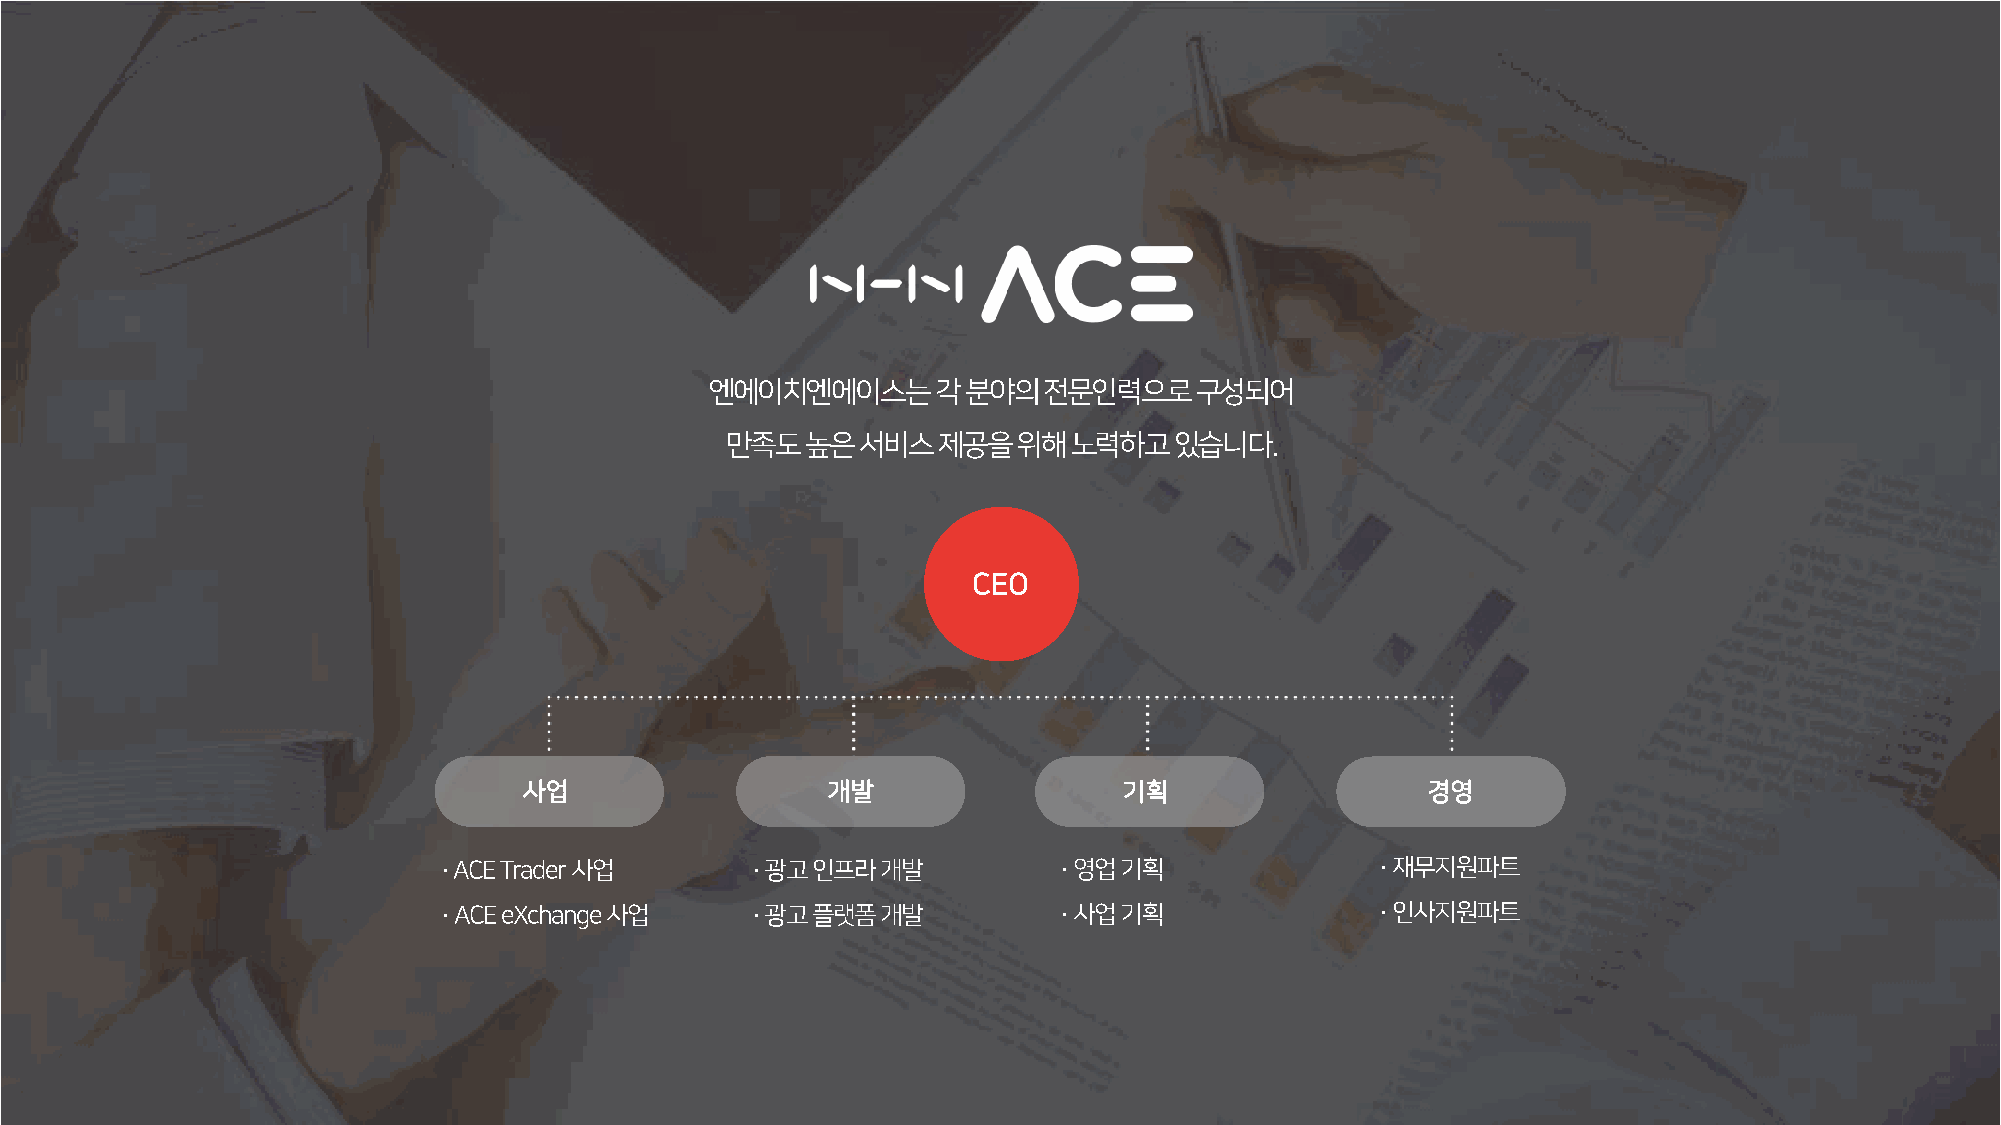
엔에이치엔에이스는각분야의전문인력으로구성되어
 만족도높은서비스제공을위해노력하고있습니다.
 CEO
 사업                  개발                 기획                  경영
 · ACE Trader 사업      · 광고인프라개발           · 영업기획               · 재무지원파트
 · ACE eXchange사업     · 광고플랫폼개발           · 사업기획               · 인사지원파트